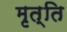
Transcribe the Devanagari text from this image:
मृत्ति